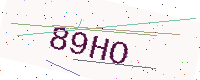
Text: 89HO